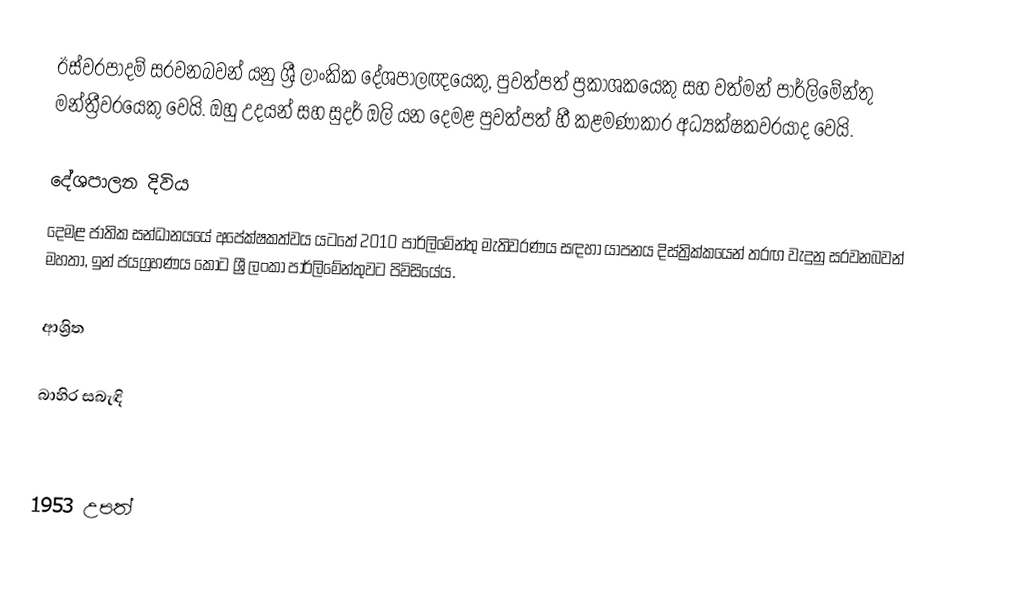
ඊස්වරපාදම් සරවනබවන් යනු ශ්‍රී ලාංකික දේශපාලඥයෙකු, පුවත්පත් ප්‍රකාශකයෙකු සහ වත්මන් පාර්ලිමේන්තු මන්ත්‍රීවරයෙකු වෙයි. ඔහු උදයන් සහ සුදර් ඔලි යන දෙමළ පුවත්පත් හී කළමණාකාර අධ්‍යක්ෂකවරයාද වෙයි.

දේශපාලන දිවිය
දෙමළ ජාතික සන්ධානයයේ අපේක්ෂකත්වය යටතේ 2010 පාර්ලිමේන්තු මැතිවරණය සඳහා යාපනය දිස්ත්‍රික්කයෙන් තරඟ වැදුනු සරවනබවන් මහතා, ඉන් ජයග්‍රහණය කොට ශ්‍රී ලංකා පාර්ලිමේන්තුවට පිවිසියේය.

ආශ්‍රිත

බාහිර සබැඳි

1953 උපත්